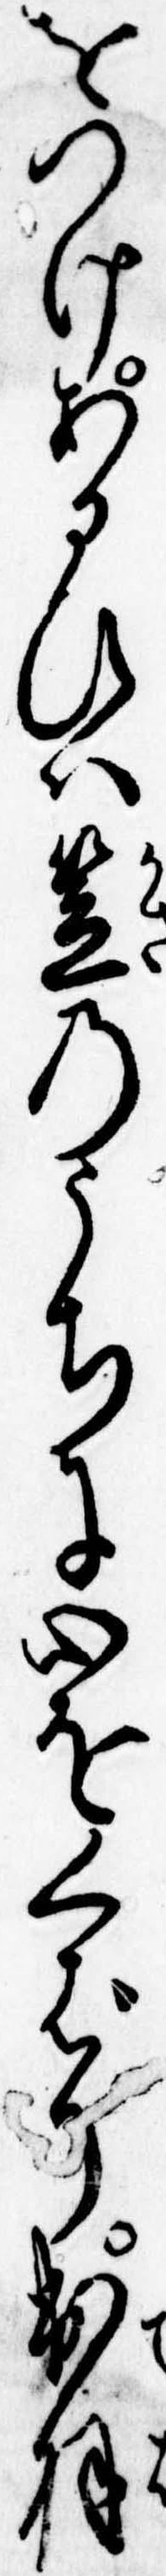
をつけあるひは笠のうちに心をくばり出羽